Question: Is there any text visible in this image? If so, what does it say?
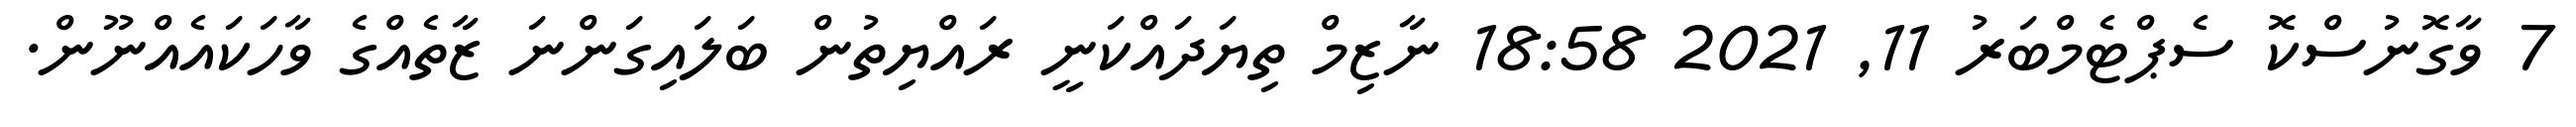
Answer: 7 ވާގޮނުސްކޮ ސެޕްޓެމްބަރު 11, 2021 18:58 ނާޒިމް ތިޔަދައްކަނީ ރައްޔިތުން ބަލައިގަންނަ ޒާތެއްގެ ވާހަކައެއްނޫން.